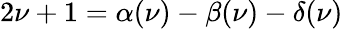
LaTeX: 2\nu+1=\alpha(\nu)-\beta(\nu)-\delta(\nu)